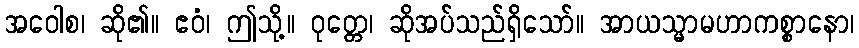
အဝေါစ၊ ဆို၏။ ဧဝံ၊ ဤသို့။ ဝုတ္တေ၊ ဆိုအပ်သည်ရှိသော်။ အာယသ္မာမဟာကစ္စာနော၊